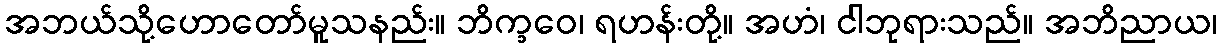
အဘယ်သို့ဟောတော်မူသနည်း။ ဘိက္ခဝေ၊ ရဟန်းတို့။ အဟံ၊ ငါဘုရားသည်။ အဘိညာယ၊